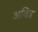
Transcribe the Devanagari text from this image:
अविड